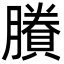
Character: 賸